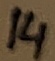
Text: 14